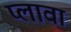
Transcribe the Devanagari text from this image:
प्लावा